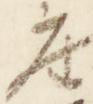
座